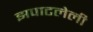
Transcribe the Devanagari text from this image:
झपाटलेली